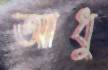
আধু